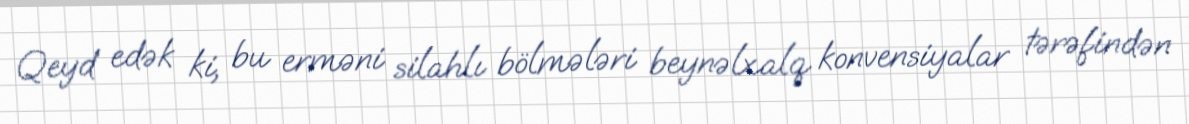
Qeyd edək ki, bu erməni silahlı bölmələri beynəlxalq konvensiyalar tərəfindən